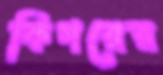
ফিগরের